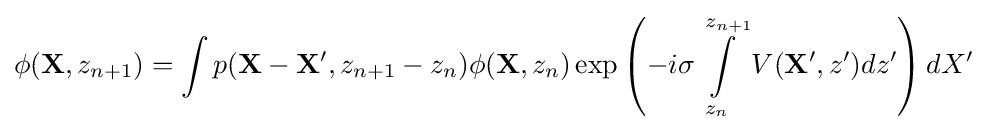
{\begin{aligned}\phi ({\mathbf {X} },z_{n+1})=\int p({\mathbf {X} }-{\mathbf {X'} },z_{n+1}-z_{n})\phi ({\mathbf {X} },z_{n})\exp \left(-i\sigma \int \limits _{z_{n}}^{z_{n+1}}V({\mathbf {X'} },z')dz'\right)dX'\end{aligned}}